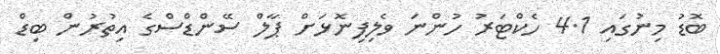
ބޮޑު މިނުގައި 4.1 ހެކްޓަރު ހުންނަ ވެލިފިނޮޅަށް ޕާލް ސޭންޑްސްގެ އިތުރުން ބިޑް